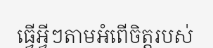
ធ្វើអ្វីៗតាមអំពើចិត្តរបស់